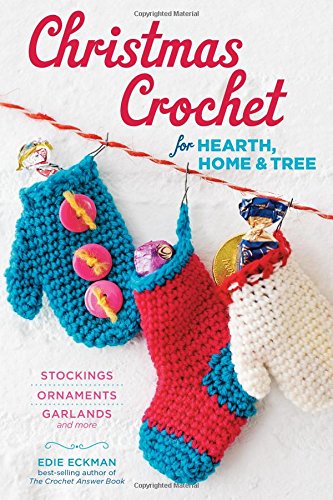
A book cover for Christmas Crochet for Hearth, Home & Tree: Stockings, Ornaments, Garlands, and More; Edie Eckman; Crafts, Hobbies & Home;